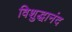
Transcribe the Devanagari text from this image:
विशुद्धानंद